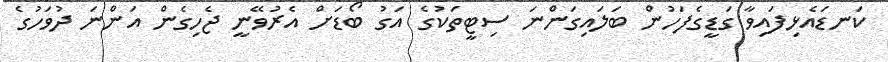
ކަނޑައެޅިފައިވާ ގަޑީގެފަހުން ބަލައިގަންނަ ސިޓީތަކުގެ އަގު ބޯޑަށް އެރުވޭނީ ޖެހިގެން އަންނަ ދުވަހުގެ